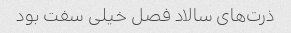
ذرت‌های سالاد فصل خیلی سفت بود